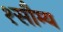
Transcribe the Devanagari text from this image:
१सौम्य